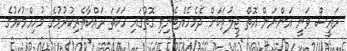
ރައީސް ވަނީ އަންނަން އޮތް ޖީލުތަކަށް ދެމެހެއްޓެނިވި ގޮތުގައި ހަކަތަ ރައްކާތެރިކުރުމުގެ މުހިއްމުކަމުގެ